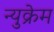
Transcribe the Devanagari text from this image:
न्युक्रेम